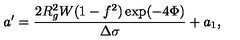
a ^ { \prime } = \frac { 2 R _ { g } ^ { 2 } W ( 1 - f ^ { 2 } ) \exp ( - 4 \Phi ) } { \Delta \sigma } + a _ { 1 } ,